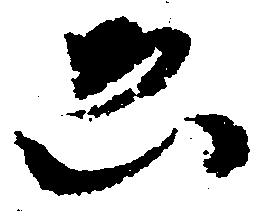
ゑ